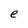
Character: e